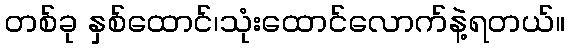
တစ်ခု နှစ်ထောင်၊သုံးထောင်လောက်နဲ့ရတယ်။